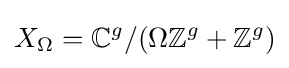
X_{\Omega }=\mathbb {C} ^{g}/(\Omega \mathbb {Z} ^{g}+\mathbb {Z} ^{g})